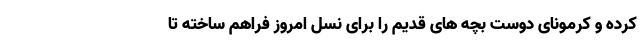
کرده و کرمونای دوست بچه های قدیم را برای نسل امروز فراهم ساخته تا